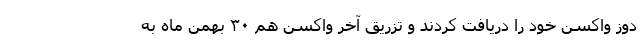
دوز واکسن خود را دریافت کردند و تزریق آخر واکسن هم ۳۰ بهمن ماه به